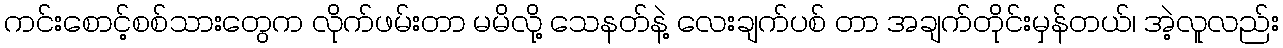
ကင်းစောင့်စစ်သားတွေက လိုက်ဖမ်းတာ မမိလို့ သေနတ်နဲ့ လေးချက်ပစ် တာ အချက်တိုင်းမှန်တယ်၊ အဲ့လူလည်း